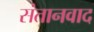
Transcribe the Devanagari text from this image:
संतानवाद